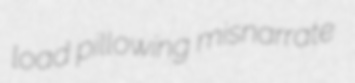
load pillowing misnarrate